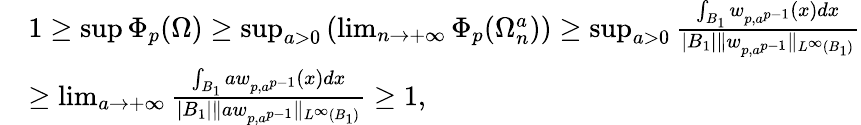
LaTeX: \begin{array}{rl}&{1\ge\operatorname*{sup}\Phi_{p}(\Omega)\ge\operatorname*{sup}_{a>0}\left(\operatorname*{lim}_{n\to+\infty}\Phi_{p}(\Omega_{n}^{a})\right)\ge\operatorname*{sup}_{a>0}\frac{\int_{B_{1}}w_{p,a^{p-1}}(x)dx}{|B_{1}|\| w_{p,a^{p-1}}\| _{L^{\infty}(B_{1})}}}\\ &{\ge\operatorname*{lim}_{a\to+\infty}\frac{\int_{B_{1}}aw_{p,a^{p-1}}(x)dx}{|B_{1}|\| aw_{p,a^{p-1}}\| _{L^{\infty}(B_{1})}}\ge 1,}\end{array}